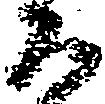
百